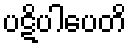
ပဋိပါပေတိ